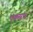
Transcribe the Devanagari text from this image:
एकसंथ